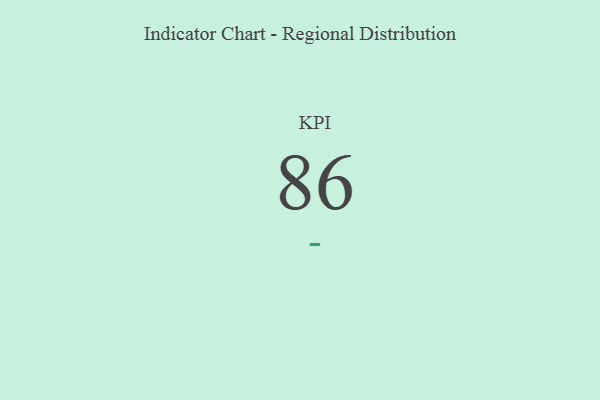
{"axis": {"x": "KPI", "y": "Value"}, "legend": [""], "data": [{"x": "KPI", "y": 86, "type": ""}]}